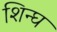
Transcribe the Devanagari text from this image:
शिन्घ